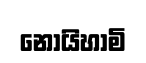
නොයිහාමි